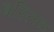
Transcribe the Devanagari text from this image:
बस्तिक